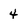
Character: 4